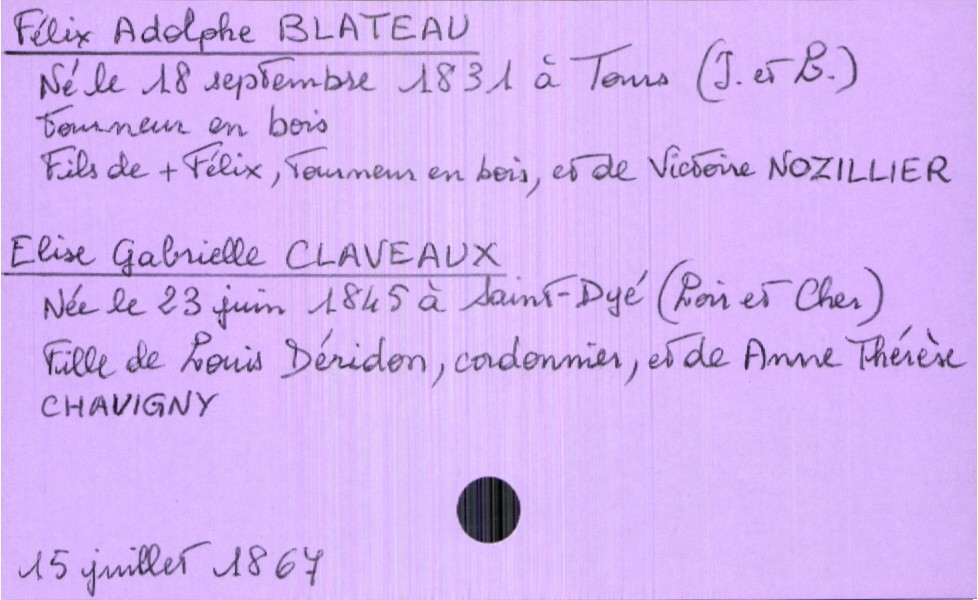
type_acte: Mariage
année: 1867
mois: juillet
jour: 15
marié_nom: Blateau
marié_prénom: Félix Adolphe
marié_profession: tourneur en bois
marié_date_de_naissance: 18 septembre 1831
marié_lieu_de_naissance: Tours (Indre-et-Loire)
père_marié_nom: Blateau
père_marié_prénom: Félix
père_marié_profession: tourneur en bois
mère_marié_nom: Nozillier
mère_marié_prénom: Victoire
mariée_nom: Claveaux
mariée_prénom: Elise Gabrielle
mariée_date_de_naissance: 23 juin 1845
mariée_lieu_de_naissance: Saint-Dyé (Loir et Cher)
père_mariée_nom: Claveaux
père_mariée_prénom: Louis Déridon
père_mariée_profession: cordonnier
mère_mariée_nom: Chavigny
mère_mariée_prénom: Anne Thérèse